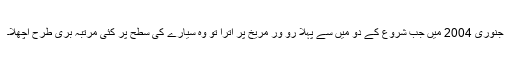
جنوری 2004 میں جب شروع کے دو میں سے پہلا رو ور مریخ پر اترا تو وہ سیارے کی سطح پر کئی مرتبہ بری طرح اچھلا۔